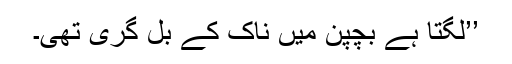
’’لگتا ہے بچپن میں ناک کے بل گری تھی۔